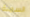
السمنة